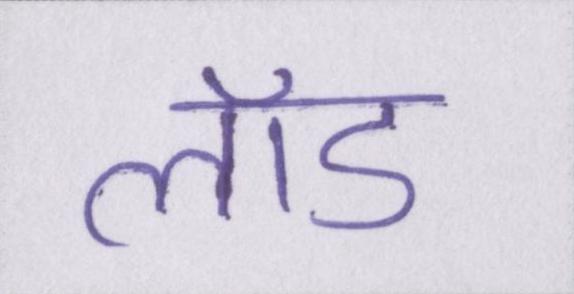
लॉड